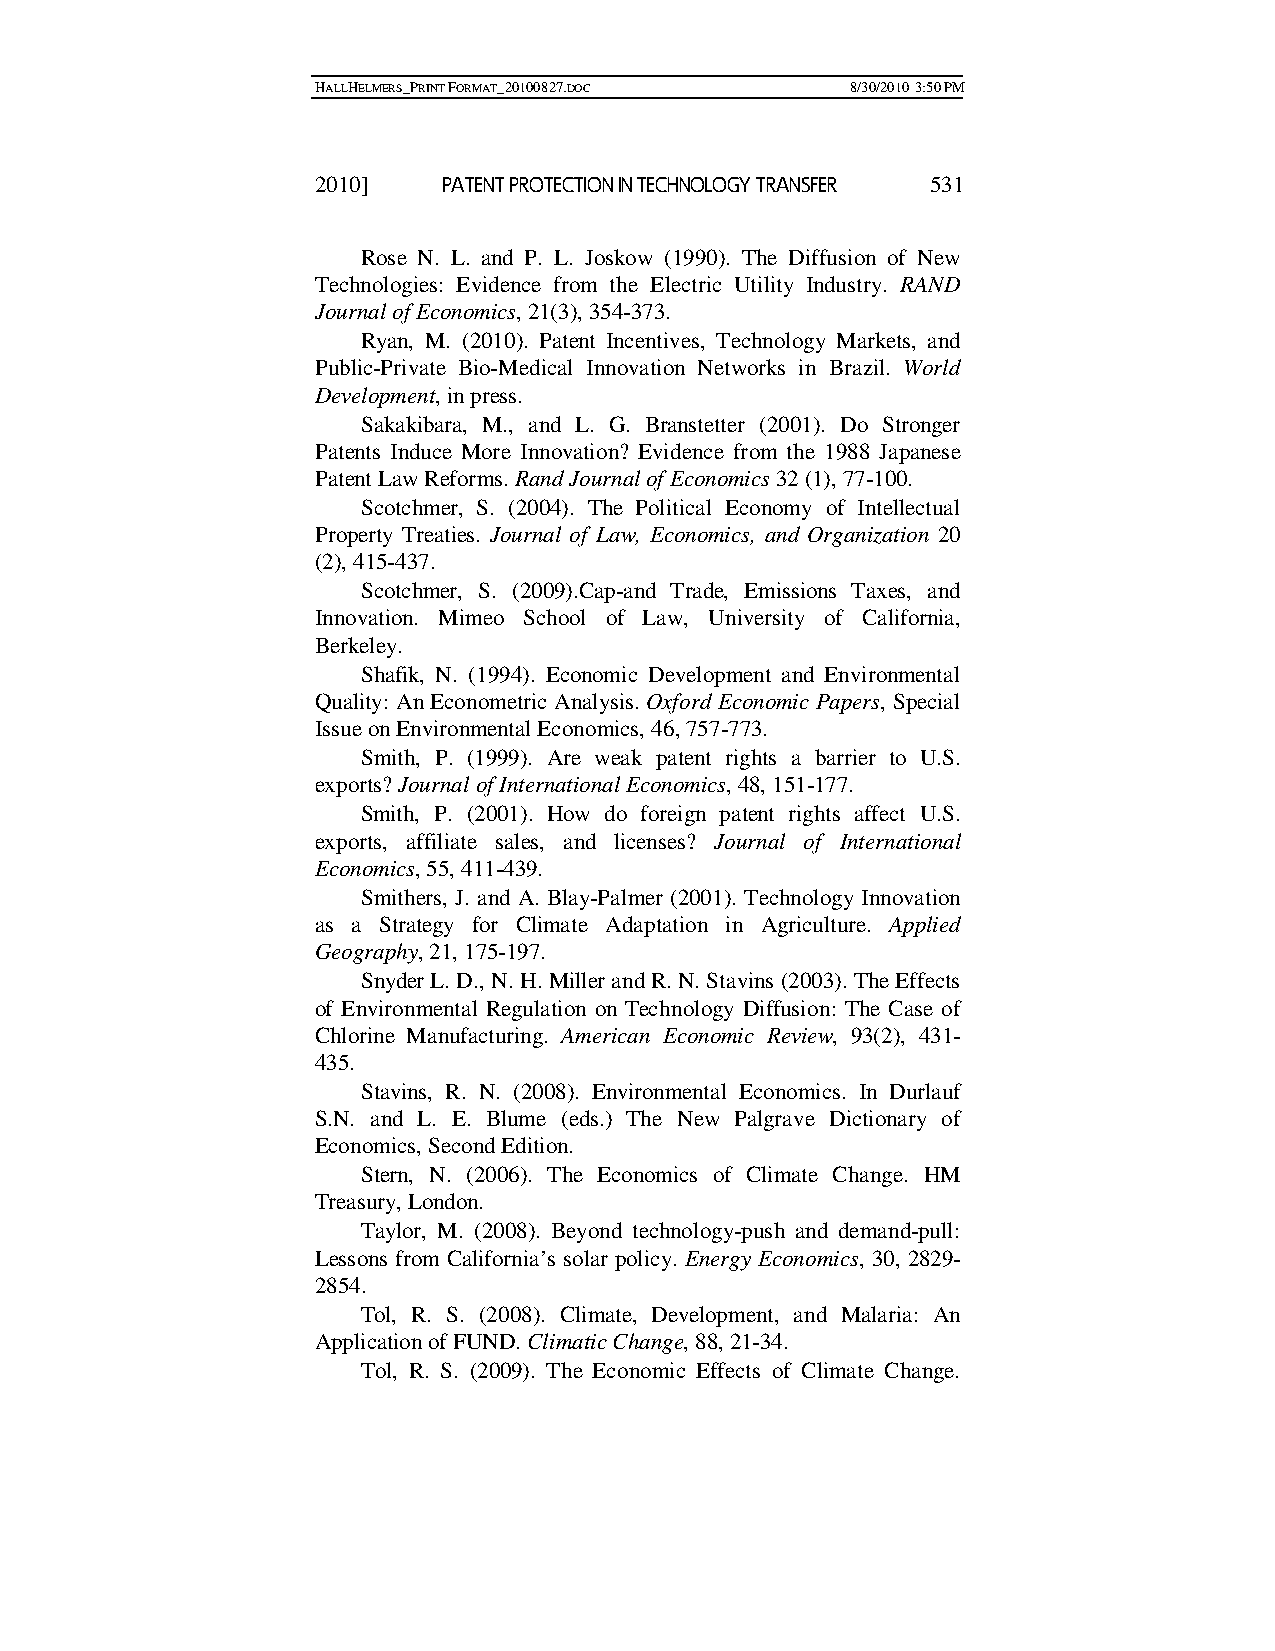
HALLHELMERS_PRINT FORMAT_20100827.DOC 8/30/2010 3:50 PM
 2010]   PATENT PROTECTION IN TECHNOLOGY TRANSFER 531
 Rose N. L. and P. L. Joskow (1990). The Diffusion of New
 Technologies: Evidence from the Electric Utility Industry. RAND
 Journal of Economics, 21(3), 354-373.
 Ryan, M. (2010). Patent Incentives, Technology Markets, and
 Public-Private Bio-Medical Innovation Networks in Brazil. World
 Development, in press.
 Sakakibara, M., and L. G. Branstetter (2001). Do Stronger
 Patents Induce More Innovation? Evidence from the 1988 Japanese
 Patent Law Reforms. Rand Journal of Economics 32 (1), 77-100.
 Scotchmer, S. (2004). The Political Economy of Intellectual
 Property Treaties. Journal of Law, Economics, and Organization 20
 (2), 415-437.
 Scotchmer, S. (2009).Cap-and Trade, Emissions Taxes, and
 Innovation. Mimeo School of Law, University of California,
 Berkeley.
 Shafik, N. (1994). Economic Development and Environmental
 Quality: An Econometric Analysis. Oxford Economic Papers, Special
 Issue on Environmental Economics, 46, 757-773.
 Smith, P. (1999). Are weak patent rights a barrier to U.S.
 exports? Journal of International Economics, 48, 151-177.
 Smith, P. (2001). How do foreign patent rights affect U.S.
 exports, affiliate sales, and licenses? Journal of International
 Economics, 55, 411-439.
 Smithers, J. and A. Blay-Palmer (2001). Technology Innovation
 as a Strategy for Climate Adaptation in Agriculture. Applied
 Geography, 21, 175-197.
 Snyder L. D., N. H. Miller and R. N. Stavins (2003). The Effects
 of Environmental Regulation on Technology Diffusion: The Case of
 Chlorine Manufacturing. American Economic Review, 93(2), 431-
 435.
 Stavins, R. N. (2008). Environmental Economics. In Durlauf
 S.N. and L. E. Blume (eds.) The New Palgrave Dictionary of
 Economics, Second Edition.
 Stern, N. (2006). The Economics of Climate Change. HM
 Treasury, London.
 Taylor, M. (2008). Beyond technology-push and demand-pull:
 Lessons from California’s solar policy. Energy Economics, 30, 2829-
 2854.
 Tol, R. S. (2008). Climate, Development, and Malaria: An
 Application of FUND. Climatic Change, 88, 21-34.
 Tol, R. S. (2009). The Economic Effects of Climate Change.